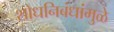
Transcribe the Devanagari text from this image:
शोधनिबंधांमुळे